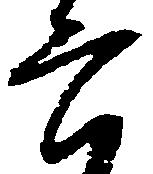
六